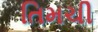
તિમચી